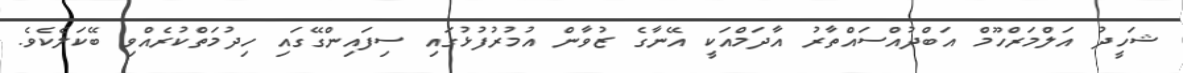
ޝަހީދު އަލްމަރްހޫމް އަބްދުއްސައްތާރު އާދަމްއަކީ އޭނާގެ ޒުވާން އުމުރުފުޅުގައި ސިފައިންގޭގައި ހިދުމަތްކުރެއްވި ބޭކަލެކެވެ.